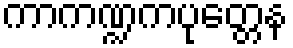
ကာကဏ္ဍကပုတ္တေန